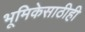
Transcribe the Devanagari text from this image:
भूमिकेसाठीही